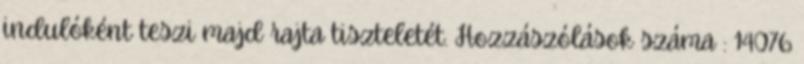
indulóként teszi majd rajta tiszteletét. Hozzászólások száma : 14076